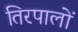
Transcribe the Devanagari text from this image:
तिरपालों